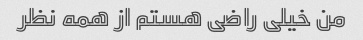
من خیلی راضی هستم از همه نظر